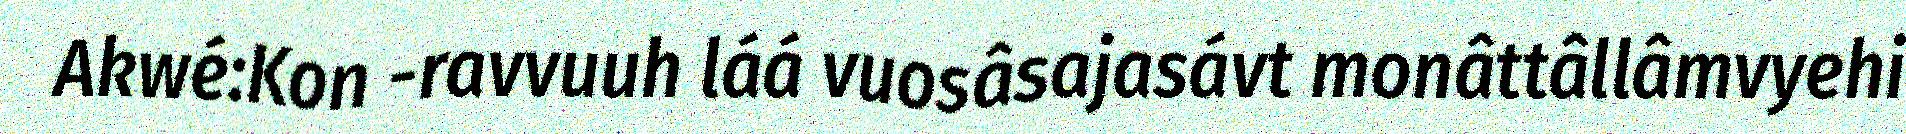
Akwé:Kon -ravvuuh láá vuosâsajasávt monâttâllâmvyehi